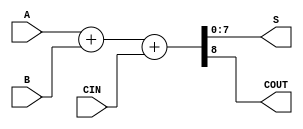
//-------------------------8-bit Adder Module----------------------------
//

module AdderCU (output[7:0] S, output COUT, input[7:0] A,B, input CIN);

assign {COUT,S} = A + B + CIN;

endmodule //endAdderCU